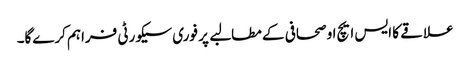
علاقے کا ایس ایچ او صحافی کے مطالبے پر فوری سیکورٹی فراہم کرےگا۔